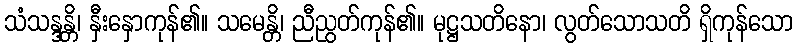
သံသန္ဒန္တိ၊ နှီးနှောကုန်၏။ သမေန္တိ၊ ညီညွတ်ကုန်၏။ မုဋ္ဌသတိနော၊ လွတ်သောသတိ ရှိကုန်သော